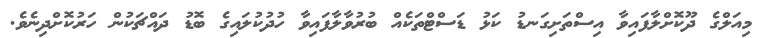
މިއަލްގެ ދޫކޮށްލާފައިވާ އިސްތަށިގަނޑު ކަޅު ޑަސްޓްތަކެއް ބުރުވާލާފައިވާ ހުދުކުލައިގެ ބޮޑު ދައްޗަކުން ހަރުކޮށްދިނެވެ.